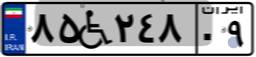
۸۵W۲۴۸۰۹